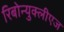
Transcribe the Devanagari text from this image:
रिबोन्युक्लीएज